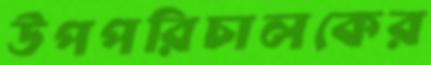
উপপরিচালকের